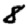
Digit: 8